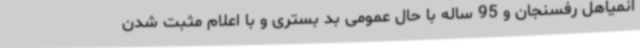
انمیاهل رفسنجان و 95 ساله با حال عمومی بد بستری و با اعلام مثبت شدن